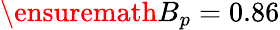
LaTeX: \ensuremath{B_{p}}=0.86